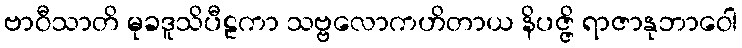
ဗာဝီသာတိ မုခဒူသိပီဠကာ သဗ္ဗလောကဟိတာယ နိပဇ္ဇိ ရာဇာနုဘာဝေါ